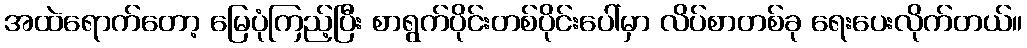
အထဲရောက်တော့ မြေပုံကြည့်ပြီး စာရွက်ပိုင်းတစ်ပိုင်းပေါ်မှာ လိပ်စာတစ်ခု ရေးပေးလိုက်တယ်။